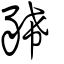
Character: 豨